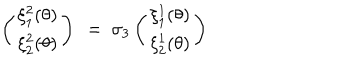
\left( \begin{array} { c } { { \xi _ { 1 } ^ { 2 } ( \theta ) } } \\ { { \xi _ { 2 } ^ { 2 } ( \theta ) } } \\ \end{array} \right) ~ = ~ \sigma _ { 3 } \left( \begin{array} { c } { { \xi _ { 1 } ^ { 1 } ( \theta ) } } \\ { { \xi _ { 2 } ^ { 1 } ( \theta ) } } \\ \end{array} \right)